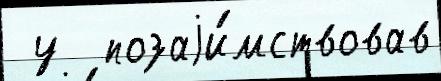
 у  позаjи́мствовав